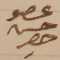
عضو حسن حصِر